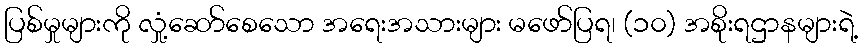
ပြစ်မှုများကို လှုံ့ဆော်စေသော အရေးအသားများ မဖော်ပြရ၊ (၁၀) အစိုးရဌာနများရဲ့